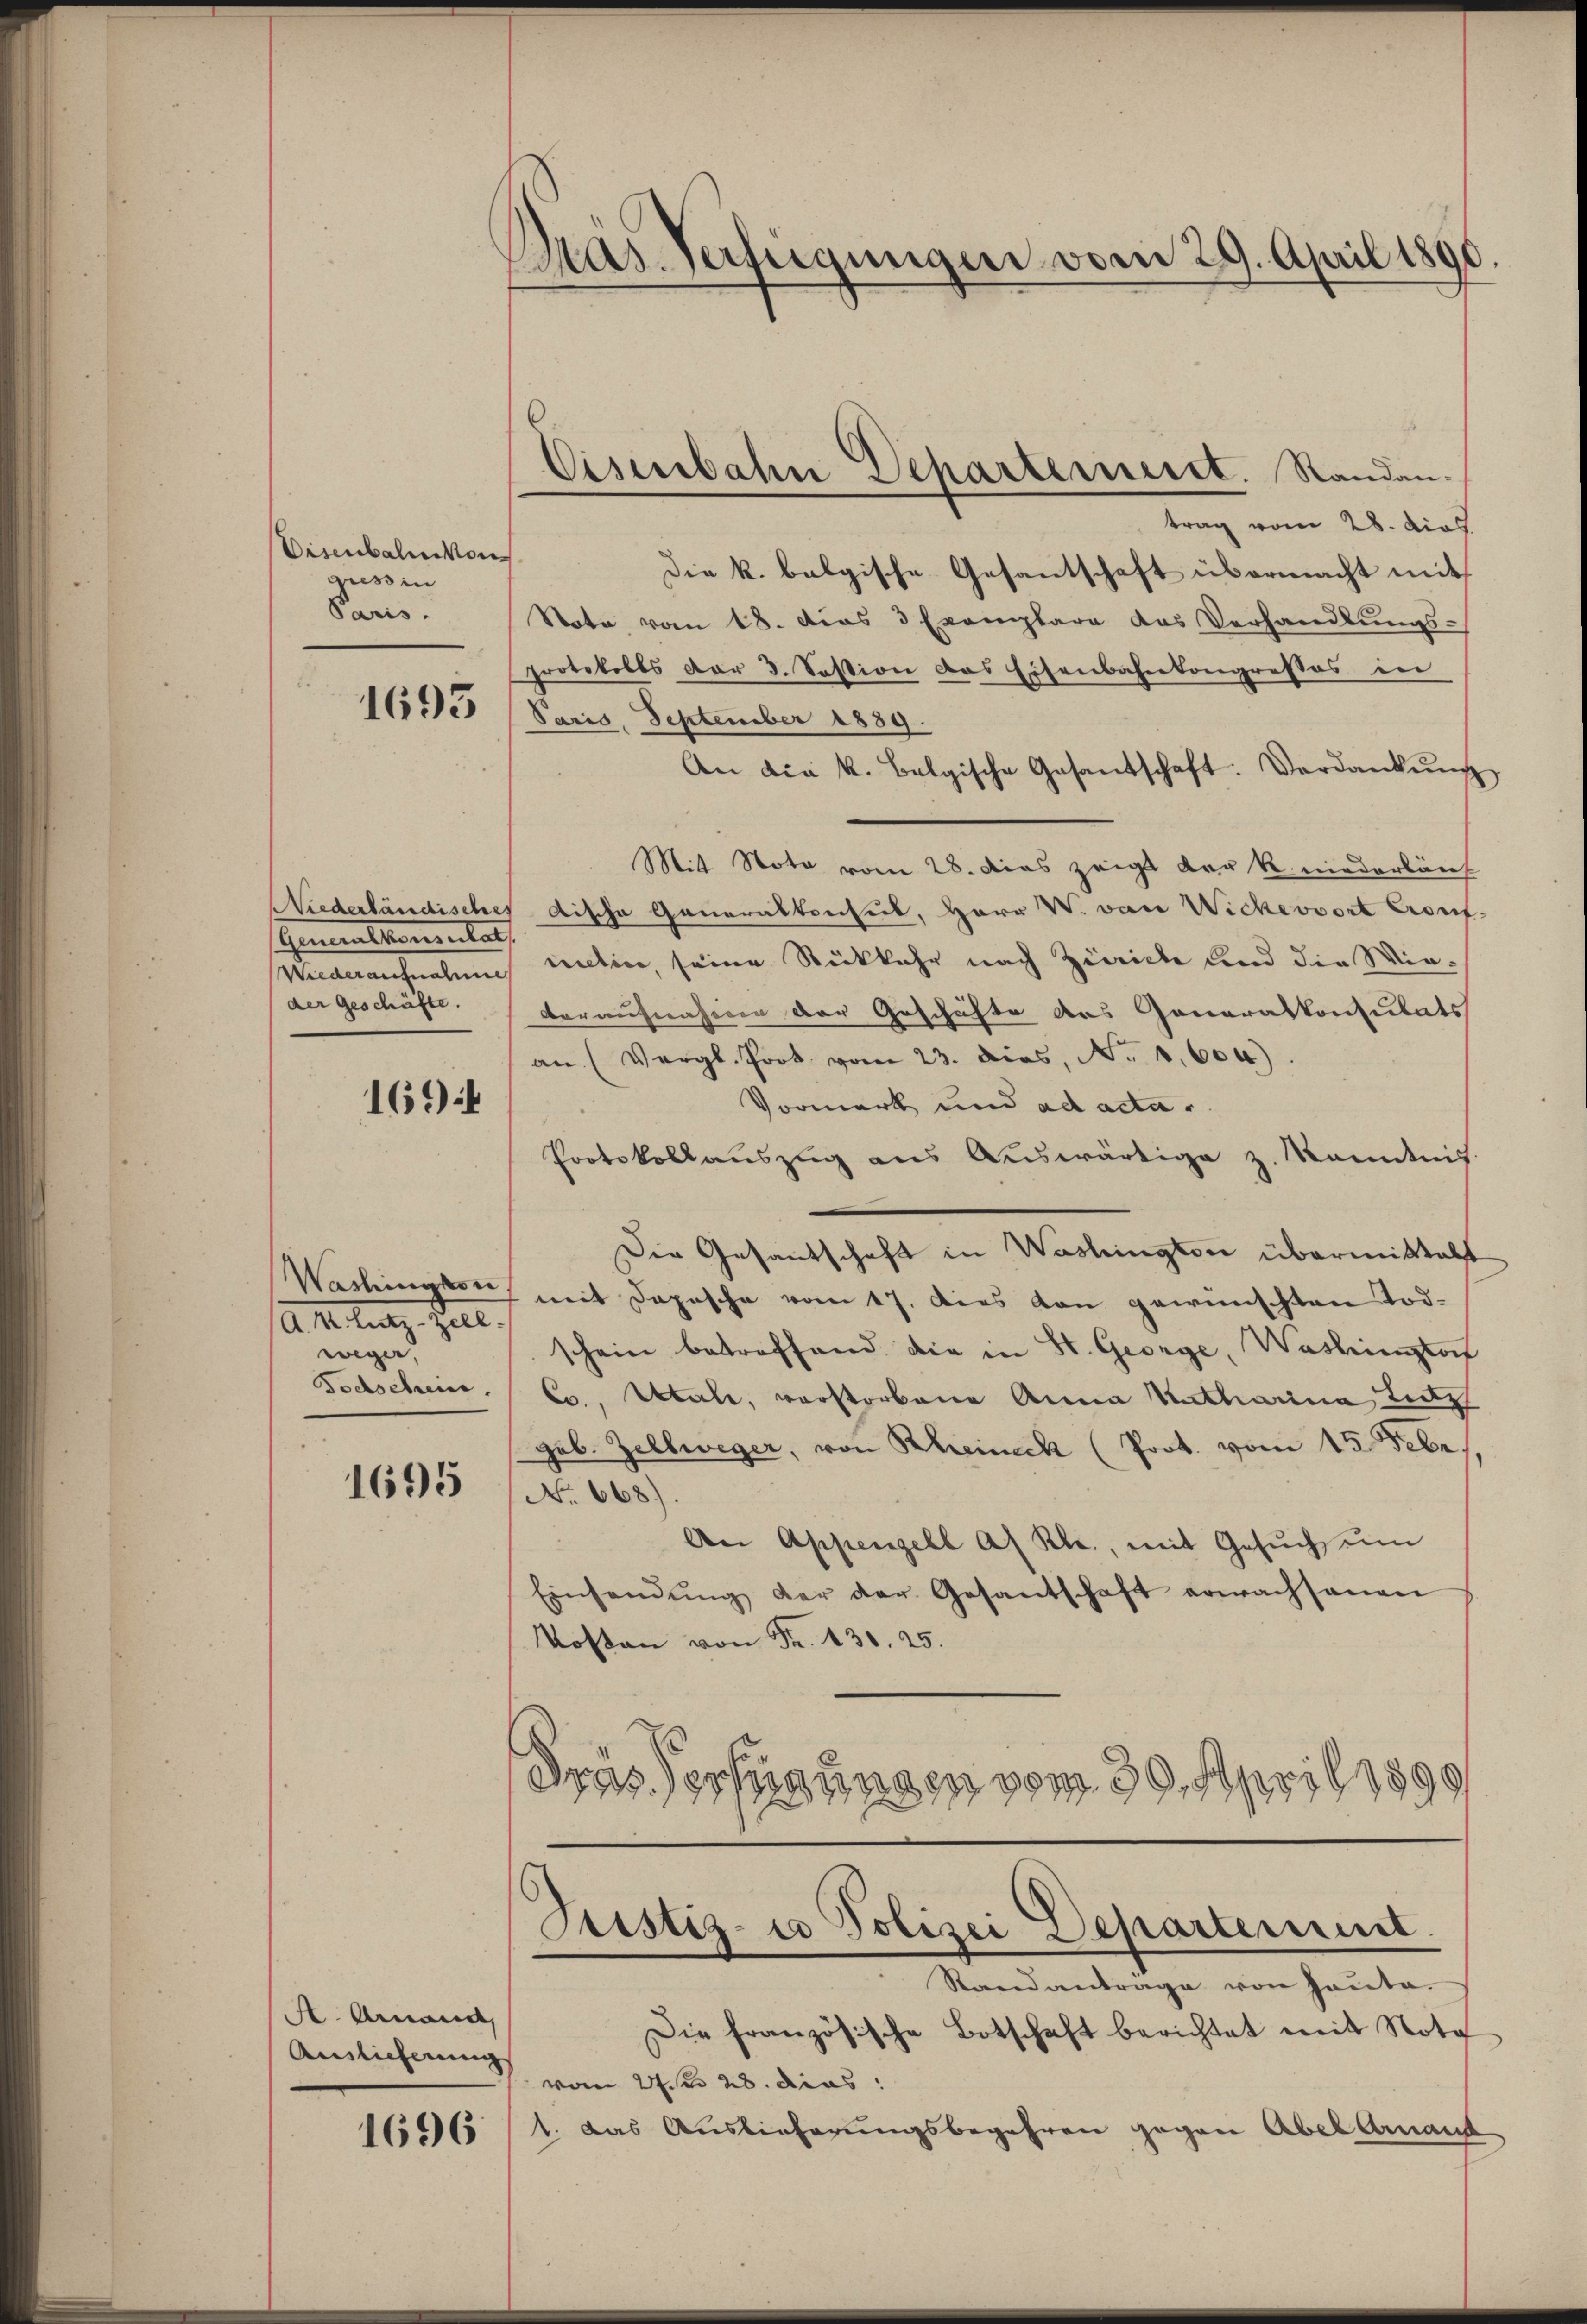
Disenbahnkon
giess in
Paris.

1693

Generalkomentar
seinen haben
der Geschäfte.

169:

Washington
Ahe tuer zule
wegen.
Bochschein.

1695

A. Amand,
Auslieferung

1696

Pras. Verfügungen vom 29. April 1890.

Cisenbahn Deharterneret. Randantrag vom 28. dies

.
Die k. balgische Gesantschaft übermacht mit
Note vom 18. das 3 Exemplare das Verhandlungsprotokolls der 3. Festion das Eisenbahnkongressos in
Paris, September 1889.
An die k. Belgische Gesantschaft. Verdankŭng
Mit Note vom 28. dies zeigt der k. niederläuf
Niederländisches dische Generalkonsul, Herr V. von Wickerwort Crouf-
nitive, seine Rückkehr nach Zürich und die Wie¬
Daraufnahiren der Geschäfte das Generalkonsulats
an (Vergl. Prot vom 23. dies, No. 1,600.
Vormerk und ad acta.
Protokollauszug aus Auswärtige z. Kanntnis
Der Gesantschaft in Washingten übermittelt
mit Depesche vom 17. Dies von gewünschten Todschein betreffend die in St. George, Washimstot
C., Atale, verstorbene Anna Katharina Letz
geb. Zellweger, von Rheineck (Prot. vom 15. Febr.
No 668).
Aer Appenzell A. Rl., mit Gesŭch ŭm
Einsendŭng der der Gesantschaft erwachsanen
Kosten von Fr. 130. 25.
Fras Verfügungen vom 30. April 1890

Justiz- u Polizei Departement.
Stand anträge von Hauta.

Die französische Botschaft berichtet mit Nota
vom 21te 28. dies
1. Das Auslieferungsbegehren gegen Abel Arnaud